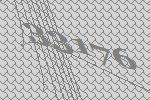
33176